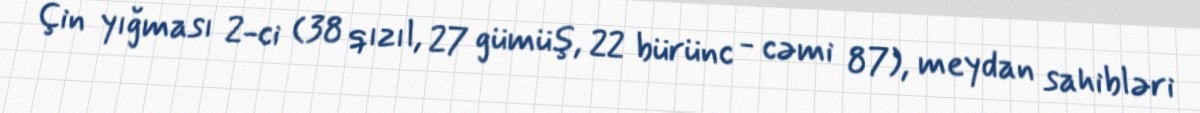
Çin yığması 2-ci (38 qızıl, 27 gümüş, 22 bürünc - cəmi 87), meydan sahibləri